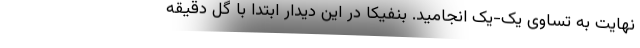
نهایت به تساوی یک-یک انجامید. بنفیکا در این دیدار ابتدا با گل دقیقه